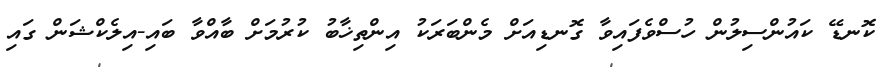
ކޮނޑޭ ކައުންސިލުން ހުސްވެފައިވާ ގޮނޑިއަށް މެންބަރަކު އިންތިޚާބު ކުރުމަށް ބާއްވާ ބައި-އިލެކްޝަން ގައި